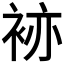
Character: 𧙡